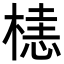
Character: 𬃰